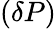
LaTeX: (\delta P)